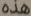
هذه